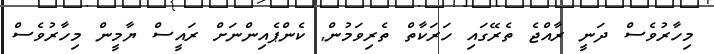
މިހާރުވެސް ދަނީ ރާއްޖެ ތެރޭގައި ހަރަކާތް ތެރިވަމުން